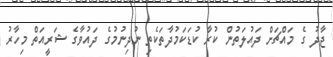
ޖާދު ގެ މައްޗަށް ދައުލަތުން ކުރާ ކުޑަކަމުދާތަކެތި ނުދިނުމުގެ ދައުވާގެ ޝަރީއަތް މިހާރު